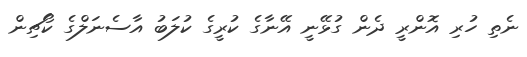
ނެތި ހުރި އޮންރީ ދެން ގުޅޭނީ އޭނާގެ ކުރީގެ ކުލަބު އާސެނަލްގެ ކޯޗިން